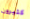
كثيرون